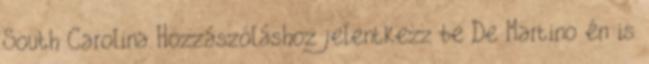
South Carolina Hozzászóláshoz jelentkezz be De Martino én is